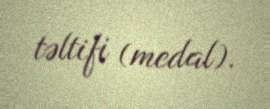
təltifi (medal).